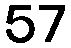
57